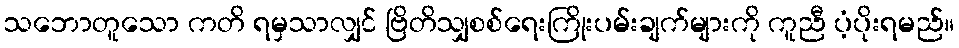
သဘောတူသော ကတိ ရမှသာလျှင် ဗြိတိသျှစစ်ရေးကြိုးပမ်းချက်များကို ကူညီ ပံ့ပိုးရမည်။